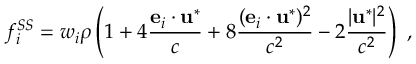
f _ { i } ^ { S S } = w _ { i } \rho \left( 1 + 4 \frac { { \bf e } _ { i } \cdot \mathbf { u } ^ { * } } { c } + 8 \frac { ( { \bf e } _ { i } \cdot \mathbf { u } ^ { * } ) ^ { 2 } } { c ^ { 2 } } - 2 \frac { | \mathbf { u } ^ { * } | ^ { 2 } } { c ^ { 2 } } \right) \ ,